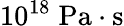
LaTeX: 10^{18}\; \mathrm{Pa\cdot s}